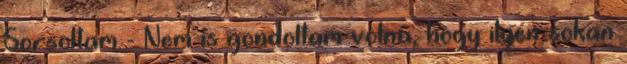
Sorsoltam - Nem is gondoltam volna, hogy ilyen sokan